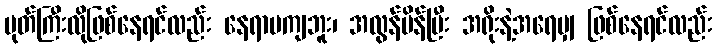
ပုတ်ကြီးလိုဖြစ်နေရင်လည်း နေရာမကျဘူး၊ အလွန်ပိန်ပြီး အရိုးနဲ့အရေမျှ ဖြစ်နေရင်လည်း